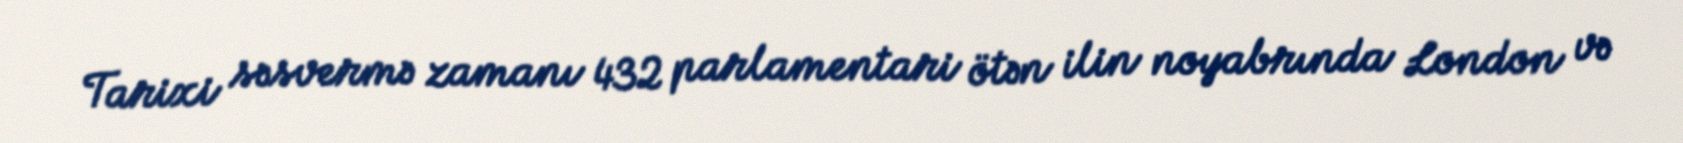
Tarixi səsvermə zamanı 432 parlamentari ötən ilin noyabrında London və